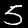
Label: 5